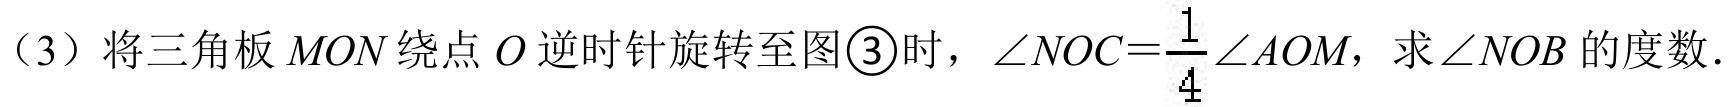
（3）将三角板\(MON\)绕点\(O\)逆时针旋转至图\textcircled{3}时，\(\angle NOC = \dfrac{1}{4}\angle AOM\)，求\(\angle NOB\)的度数.